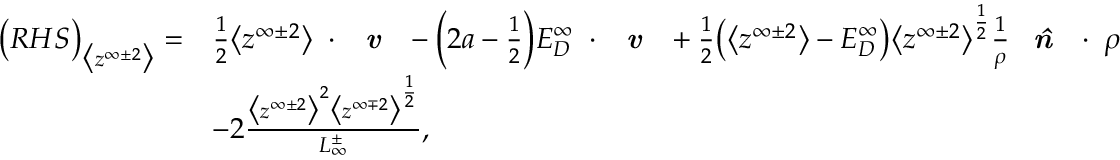
\begin{array} { r l } { \big ( R H S \big ) _ { \big < z ^ { \infty \pm 2 } \big > } = } & { \frac { 1 } { 2 } \big < z ^ { \infty \pm 2 } \big > \mathbf { \nabla } \cdot \textbf { \emph { v } } - \Big ( 2 a - \frac { 1 } { 2 } \Big ) E _ { D } ^ { \infty } \mathbf { \nabla } \cdot \textbf { \emph { v } } + \frac { 1 } { 2 } \big ( \big < z ^ { \infty \pm 2 } \big > - E _ { D } ^ { \infty } \big ) \big < z ^ { \infty \pm 2 } \big > ^ { \frac { 1 } { 2 } } \frac { 1 } { \rho } \textbf { \emph { \^ n } } \cdot \mathbf { \nabla } \rho } \\ & { - 2 \frac { \big < z ^ { \infty \pm 2 } \big > ^ { 2 } \big < z ^ { \infty \mp 2 } \big > ^ { \frac { 1 } { 2 } } } { L _ { \infty } ^ { \pm } } , } \end{array}